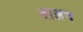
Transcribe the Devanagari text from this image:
आलच